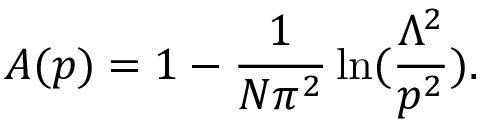
A ( p ) = 1 - \frac { 1 } { N \pi ^ { 2 } } \ln ( \frac { \Lambda ^ { 2 } } { p ^ { 2 } } ) .